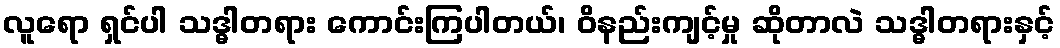
လူရော ရှင်ပါ သဒ္ဓါတရား ကောင်းကြပါတယ်၊ ဝိနည်းကျင့်မှု ဆိုတာလဲ သဒ္ဓါတရားနှင့်